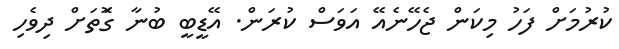
ކުރުމަށް ފަހު މިކަން ޖެހޭނެއޭ އަވަސް ކުރަން. އޭޑީބީ ބުނާ ގޮަތަށް ދިވެހި